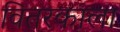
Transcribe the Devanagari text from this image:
वितरकाला